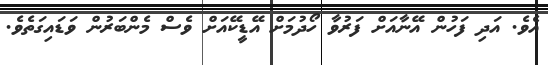
އެވެ. އަދި ފަހުން އޭނާއަށް ފަރުވާ ހޯދުމަށް އޭޑީކޭއަށް ވެސް މެންބަރުން ވަޑައިގަތެވެ.